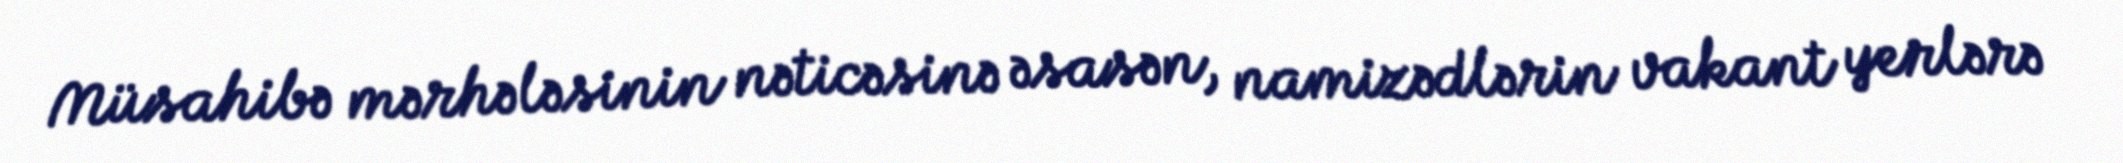
Müsahibə mərhələsinin nəticəsinə əsasən, namizədlərin vakant yerlərə